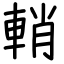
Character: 輎